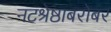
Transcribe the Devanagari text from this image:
नटश्रेष्ठाबरोबर